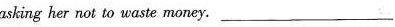
asking her not to waste money. __________________